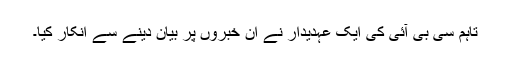
تاہم سی بی آئی کی ایک عہدیدار نے ان خبروں پر بیان دینے سے انکار کیا۔